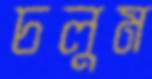
চলুম